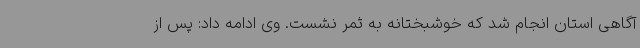
آگاهی استان انجام شد که خوشبختانه به ثمر نشست. وی ادامه داد: پس از